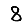
Digit: 8